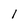
Character: 1